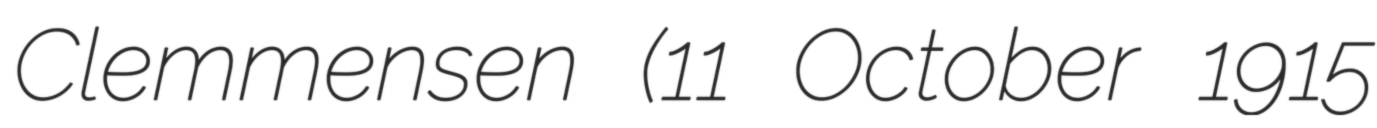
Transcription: Clemmensen (11 October 1915